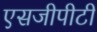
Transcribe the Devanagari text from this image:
एसजीपीटी